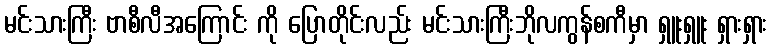
မင်းသားကြီး ဗာစီလီအကြောင်း ကို ပြောတိုင်းလည်း မင်းသားကြီးဘိုလကွန်စကီမှာ ရှူးရှူး ရှားရှား